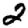
Digit: 2